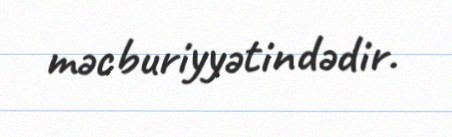
məcburiyyətindədir.